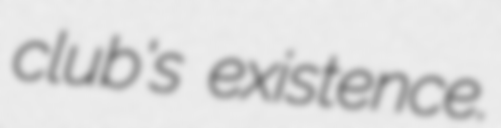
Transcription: club's existence.